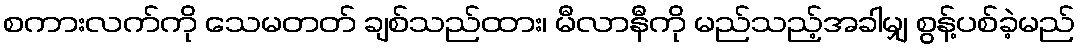
စကားလက်ကို သေမတတ် ချစ်သည်ထား၊ မီလာနီကို မည်သည့်အခါမျှ စွန့်ပစ်ခဲ့မည်